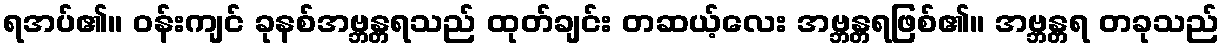
ရအပ်၏။ ဝန်းကျင် ခုနစ်အဗ္ဘန္တရသည် ထုတ်ချင်း တဆယ့်လေး အဗ္ဘန္တရဖြစ်၏။ အဗ္ဘန္တရ တခုသည်